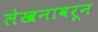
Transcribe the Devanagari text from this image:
लेखनावरून